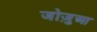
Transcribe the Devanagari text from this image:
जोज़ुआ